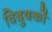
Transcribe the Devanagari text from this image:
विदुषकों